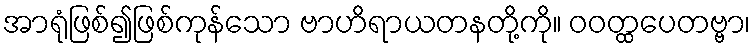
အာရုံဖြစ်၍ဖြစ်ကုန်သော ဗာဟိရာယတနတို့ကို။ ဝဝတ္ထပေတဗ္ဗာ၊